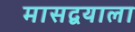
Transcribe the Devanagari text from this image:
मासद्वयाला